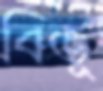
বিভূ